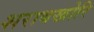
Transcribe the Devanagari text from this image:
शराबखोरि